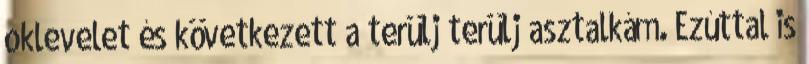
oklevelet és következett a terülj terülj asztalkám. Ezúttal is